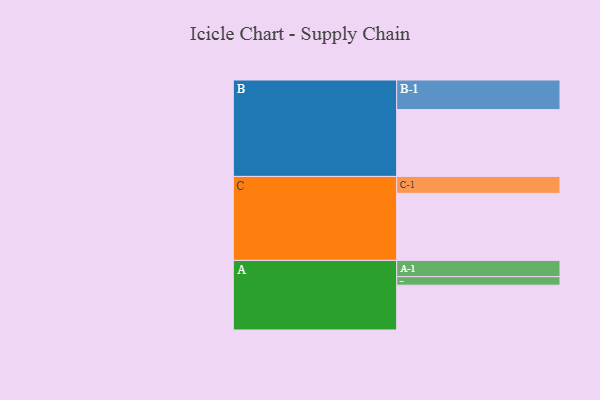
{"axis": {"x": "Segment", "y": "Value"}, "legend": ["", "A", "B", "C"], "data": [{"x": "A", "y": 389, "type": ""}, {"x": "B", "y": 580, "type": ""}, {"x": "C", "y": 582, "type": ""}, {"x": "A-1", "y": 141, "type": "A"}, {"x": "A-2", "y": 74, "type": "A"}, {"x": "B-1", "y": 257, "type": "B"}, {"x": "C-1", "y": 147, "type": "C"}]}